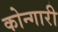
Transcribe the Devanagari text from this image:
कोन्गारी